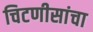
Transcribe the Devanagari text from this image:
चिटणीसांचा